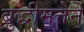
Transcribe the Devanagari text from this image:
बुद्धीमत्तेने